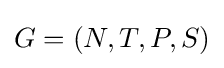
G=(N,T,P,S)